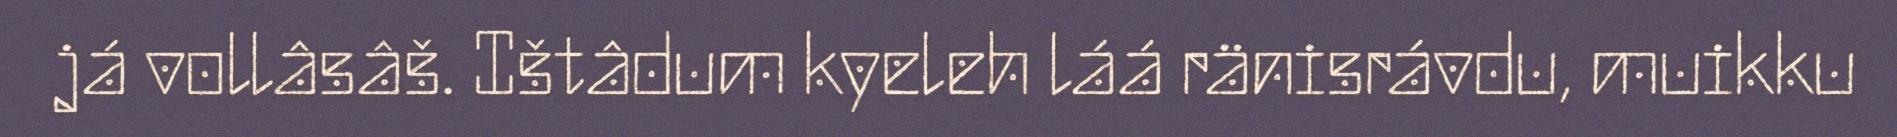
já vollâsâš. Ištâdum kyeleh láá ränisrávdu, muikku